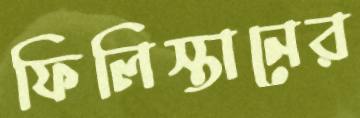
ফিলিস্তানের